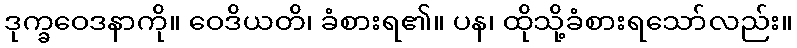
ဒုက္ခဝေဒနာကို။ ဝေဒိယတိ၊ ခံစားရ၏။ ပန၊ ထိုသို့ခံစားရသော်လည်း။